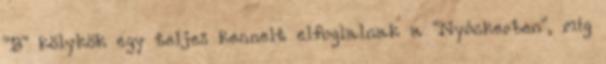
"B" kölykök egy teljes kennelt elfoglalnak a "Nyóckerben", míg